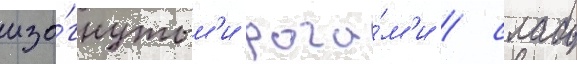
изо́гнутым'и рога́м'и / слабо